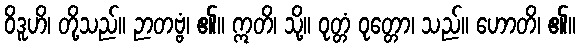
ဝိဒူဟိ၊ တို့သည်။ ဉာတဗ္ဗံ၊ ၏။ ဣတိ၊ သို့။ ဝုတ္တံ ဝုတ္တော၊ သည်။ ဟောတိ၊ ၏။